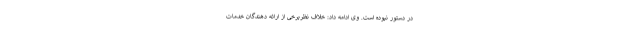
در دستور نبوده است. وی ادامه داد: خلاف نظربرخی از ارائه دهندگان خدمات